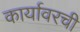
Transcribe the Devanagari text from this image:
कार्यावरची